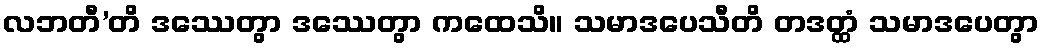
လဘတီ’တိ ဒဿေတွာ ဒဿေတွာ ကထေသိ။ သမာဒပေသီတိ တဒတ္ထံ သမာဒပေတွာ